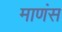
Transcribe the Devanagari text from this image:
माणंस